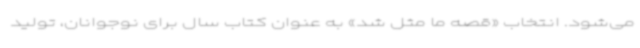
می‌شود. انتخاب «قصه ما مثل شد» به عنوان کتاب سال برای نوجوانان، تولید